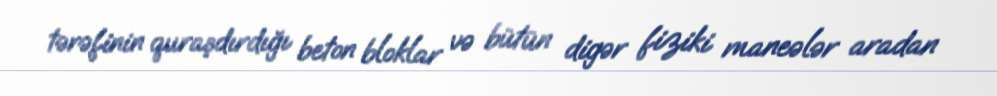
tərəfinin quraşdırdığı beton bloklar və bütün digər fiziki maneələr aradan